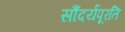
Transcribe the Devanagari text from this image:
सौंदर्यपूरति